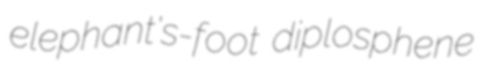
elephant's-foot diplosphene